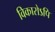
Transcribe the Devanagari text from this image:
विकारोऽपि